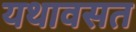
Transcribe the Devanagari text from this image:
यथावसत